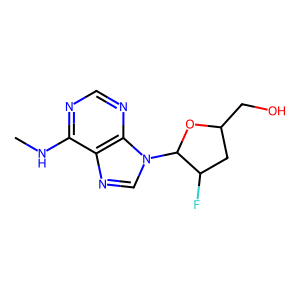
SMILES: CNc1ncnc2c1ncn2C1OC(CO)CC1F
Inhibits HIV replication: Yes